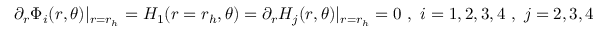
\partial _ { r } \Phi _ { i } ( r , \theta ) | _ { r = r _ { h } } = H _ { 1 } ( r = r _ { h } , \theta ) = \partial _ { r } H _ { j } ( r , \theta ) | _ { r = r _ { h } } = 0 \ , \ i = 1 , 2 , 3 , 4 \ , \ j = 2 , 3 , 4